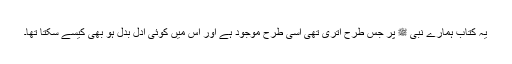
یہ کتاب ہمارے نبی ﷺ پر جس طرح اتری تھی اسی طرح موجود ہے اور اس میں کوئی ادل بدل ہو بھی کیسے سکتا تھا۔